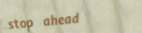
stop ahead